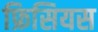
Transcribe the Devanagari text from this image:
फ्रिसियस